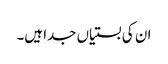
ان کی بستیاں جدا ہیں۔